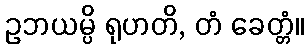
ဥဘယမ္ပိ ရုဟတိ, တံ ခေတ္တံ။